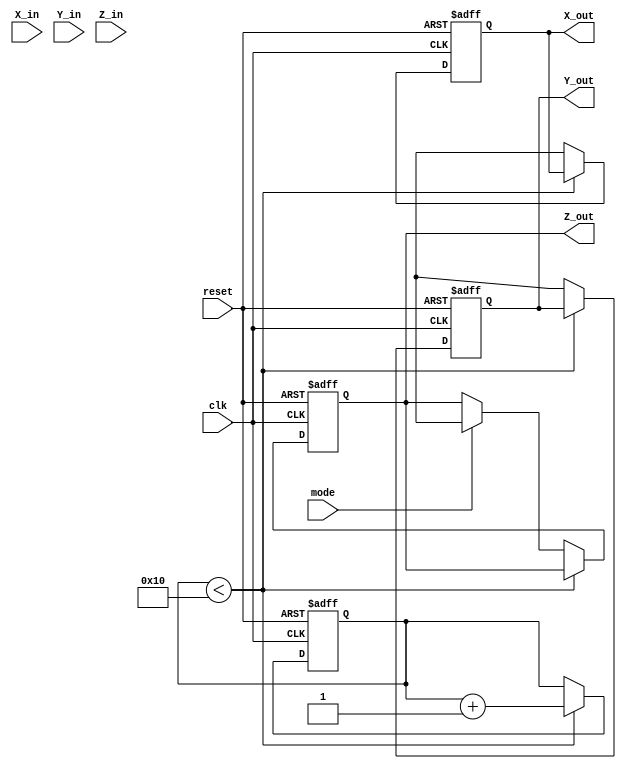
module modified_cordic #(
    parameter WIDTH = 16,            // Width of the fixed-point representation
    parameter ITERATIONS = 16        // Number of iterations for precision
)(
    input  wire                     clk,         // Clock signal
    input  wire                     reset,       // Reset signal
    input  wire [WIDTH-1:0]        X_in,       // Input vector X
    input  wire [WIDTH-1:0]        Y_in,       // Input vector Y
    input  wire [WIDTH-1:0]        Z_in,       // Angle input (in radians)
    input  wire                     mode,        // Mode: 0 for rotation, 1 for vectoring
    output reg  [WIDTH-1:0]        X_out,      // Output vector X
    output reg  [WIDTH-1:0]        Y_out,      // Output vector Y
    output reg  [WIDTH-1:0]        Z_out       // Remaining angle (only in vectoring mode)
);

    // Internal signals
    reg [WIDTH-1:0] x_reg [0:ITERATIONS-1]; // Pipeline registers for X
    reg [WIDTH-1:0] y_reg [0:ITERATIONS-1]; // Pipeline registers for Y
    reg [WIDTH-1:0] z_reg [0:ITERATIONS-1]; // Pipeline registers for Z
    reg [WIDTH-1:0] atan_lut [0:ITERATIONS-1]; // Look-up table for arctangent values

    // Calculate scaling factor
    wire [WIDTH-1:0] scaling_factor = (1 << (WIDTH - 1)); // Example scaling factor

    // Initialize LUT with arctan values (example values)
    initial begin
        atan_lut[0] = 16'h3243; // arctan(1) in fixed-point (16 bits)
        atan_lut[1] = 16'h1DAC; // arctan(1/2) in fixed-point
        // Fill with other values as needed
    end

    // Control logic and iteration count
    integer i;
    reg [3:0] iteration; // 4 bits for iteration count (up to 15)

    always @(posedge clk or posedge reset) begin
        if (reset) begin
            X_out <= 0;
            Y_out <= 0;
            Z_out <= 0;
            iteration <= 0;
        end else begin
            // Pipeline registers
            if (iteration < ITERATIONS) begin
                x_reg[iteration] <= X_in; // Load input into pipeline
                y_reg[iteration] <= Y_in;
                z_reg[iteration] <= Z_in;

                // CORDIC computation
                if (mode) begin // Vectoring mode
                    if (z_reg[iteration] < 0) begin
                        x_reg[iteration+1] <= x_reg[iteration] + (y_reg[iteration] >>> iteration);
                        y_reg[iteration+1] <= y_reg[iteration] - (x_reg[iteration] >>> iteration);
                        z_reg[iteration+1] <= z_reg[iteration] + atan_lut[iteration];
                    end else begin
                        x_reg[iteration+1] <= x_reg[iteration] - (y_reg[iteration] >>> iteration);
                        y_reg[iteration+1] <= y_reg[iteration] + (x_reg[iteration] >>> iteration);
                        z_reg[iteration+1] <= z_reg[iteration] - atan_lut[iteration];
                    end
                end else begin // Rotation mode
                    x_reg[iteration+1] <= x_reg[iteration] - (y_reg[iteration] >>> iteration);
                    y_reg[iteration+1] <= y_reg[iteration] + (x_reg[iteration] >>> iteration);
                    z_reg[iteration+1] <= z_reg[iteration] - atan_lut[iteration];
                end

                iteration <= iteration + 1;

            end else begin
                X_out <= x_reg[ITERATIONS]; // Final output from the last iteration
                Y_out <= y_reg[ITERATIONS];

                if (mode) begin
                    Z_out <= z_reg[ITERATIONS]; // Provide Z_out only for vectoring mode
                end
            end
        end
    end
endmodule